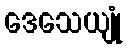
ဒေသေယျုံ